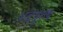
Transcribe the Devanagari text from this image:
भद्रपुरुष